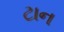
ટાન